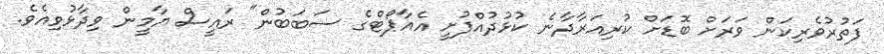
ފަތުރުވެރިކަން ވަރަށް ބޮޑަށް ކުރިއަރާދާނެ ކުޅުދުއްފުށީ އެއާޕޯޓްގެ ސަބަބުން" ރައީސް ޔާމީން ވިދާޅުވިއެވެ.